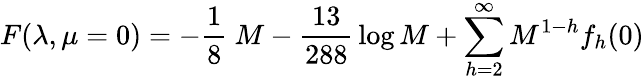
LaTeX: F(\lambda,\mu=0)=-{\frac{1}{8}}\ M-{\frac{13}{288}}\log M+\sum_{h=2}^{\infty}M^{1-h}f_{h}(0)